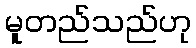
မူတည်သည်ဟု